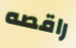
راقصه